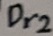
Text: Dr2